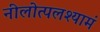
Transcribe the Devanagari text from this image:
नीलोत्पलश्यामं